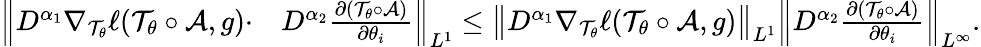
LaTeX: \begin{array}{rl}{\Big\| D^{\alpha_{1}}\nabla_{\mathcal T_{\theta}}\ell(\mathcal T_{\theta}\circ\mathcal A,g)\cdot}&{D^{\alpha_{2}}\frac{\partial(\mathcal T_{\theta}\circ\mathcal A)}{\partial\theta_{i}}\Big\| _{L^{1}}\leq\big\| D^{\alpha_{1}}\nabla_{\mathcal T_{\theta}}\ell(\mathcal T_{\theta}\circ\mathcal A,g)\big\| _{L^{1}}\Big\| D^{\alpha_{2}}\frac{\partial(\mathcal T_{\theta}\circ\mathcal A)}{\partial\theta_{i}}\Big\| _{L^{\infty}}.}\end{array}